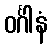
ဝင်္ဂါနံ